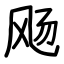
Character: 飏